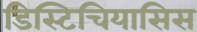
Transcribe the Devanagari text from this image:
डिस्टिचियासिस